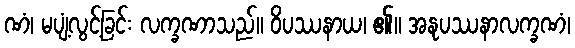
ဏံ၊ မပျံ့လွင့်ခြင်း လက္ခဏာသည်။ ဝိပဿနာယ၊ ၏။ အနုပဿနာလက္ခဏံ၊